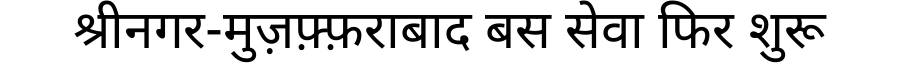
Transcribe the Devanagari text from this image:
श्रीनगर-मुज़फ़्फ़राबाद बस सेवा फिर शुरू